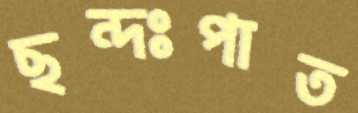
ছন্দঃপাত